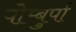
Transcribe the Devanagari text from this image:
पोम्बुर्पा